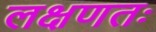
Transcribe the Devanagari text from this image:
लक्षणतः